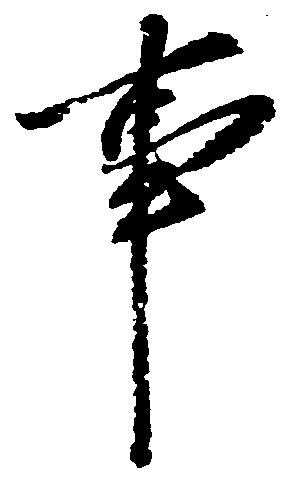
事